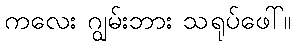
ကလေး ဂျွမ်းဘား သရုပ်ဖေါ်။